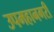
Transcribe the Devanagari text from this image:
उपमहानगरी